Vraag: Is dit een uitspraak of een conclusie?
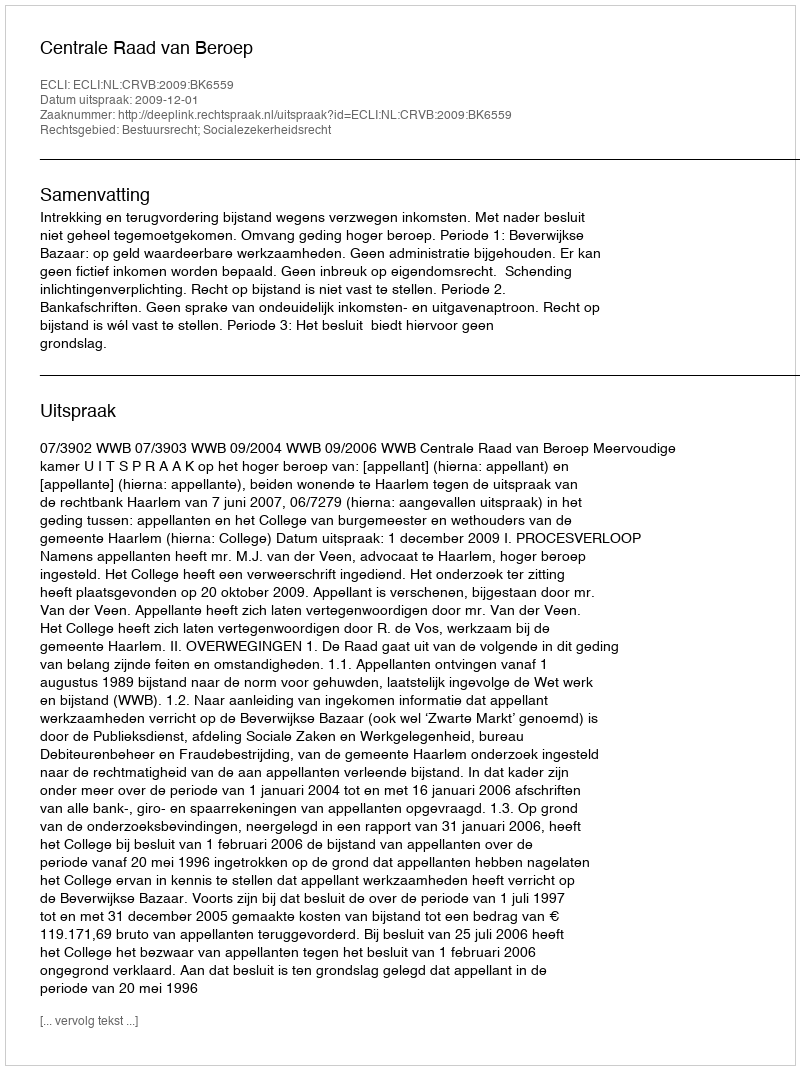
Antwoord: Uitspraak